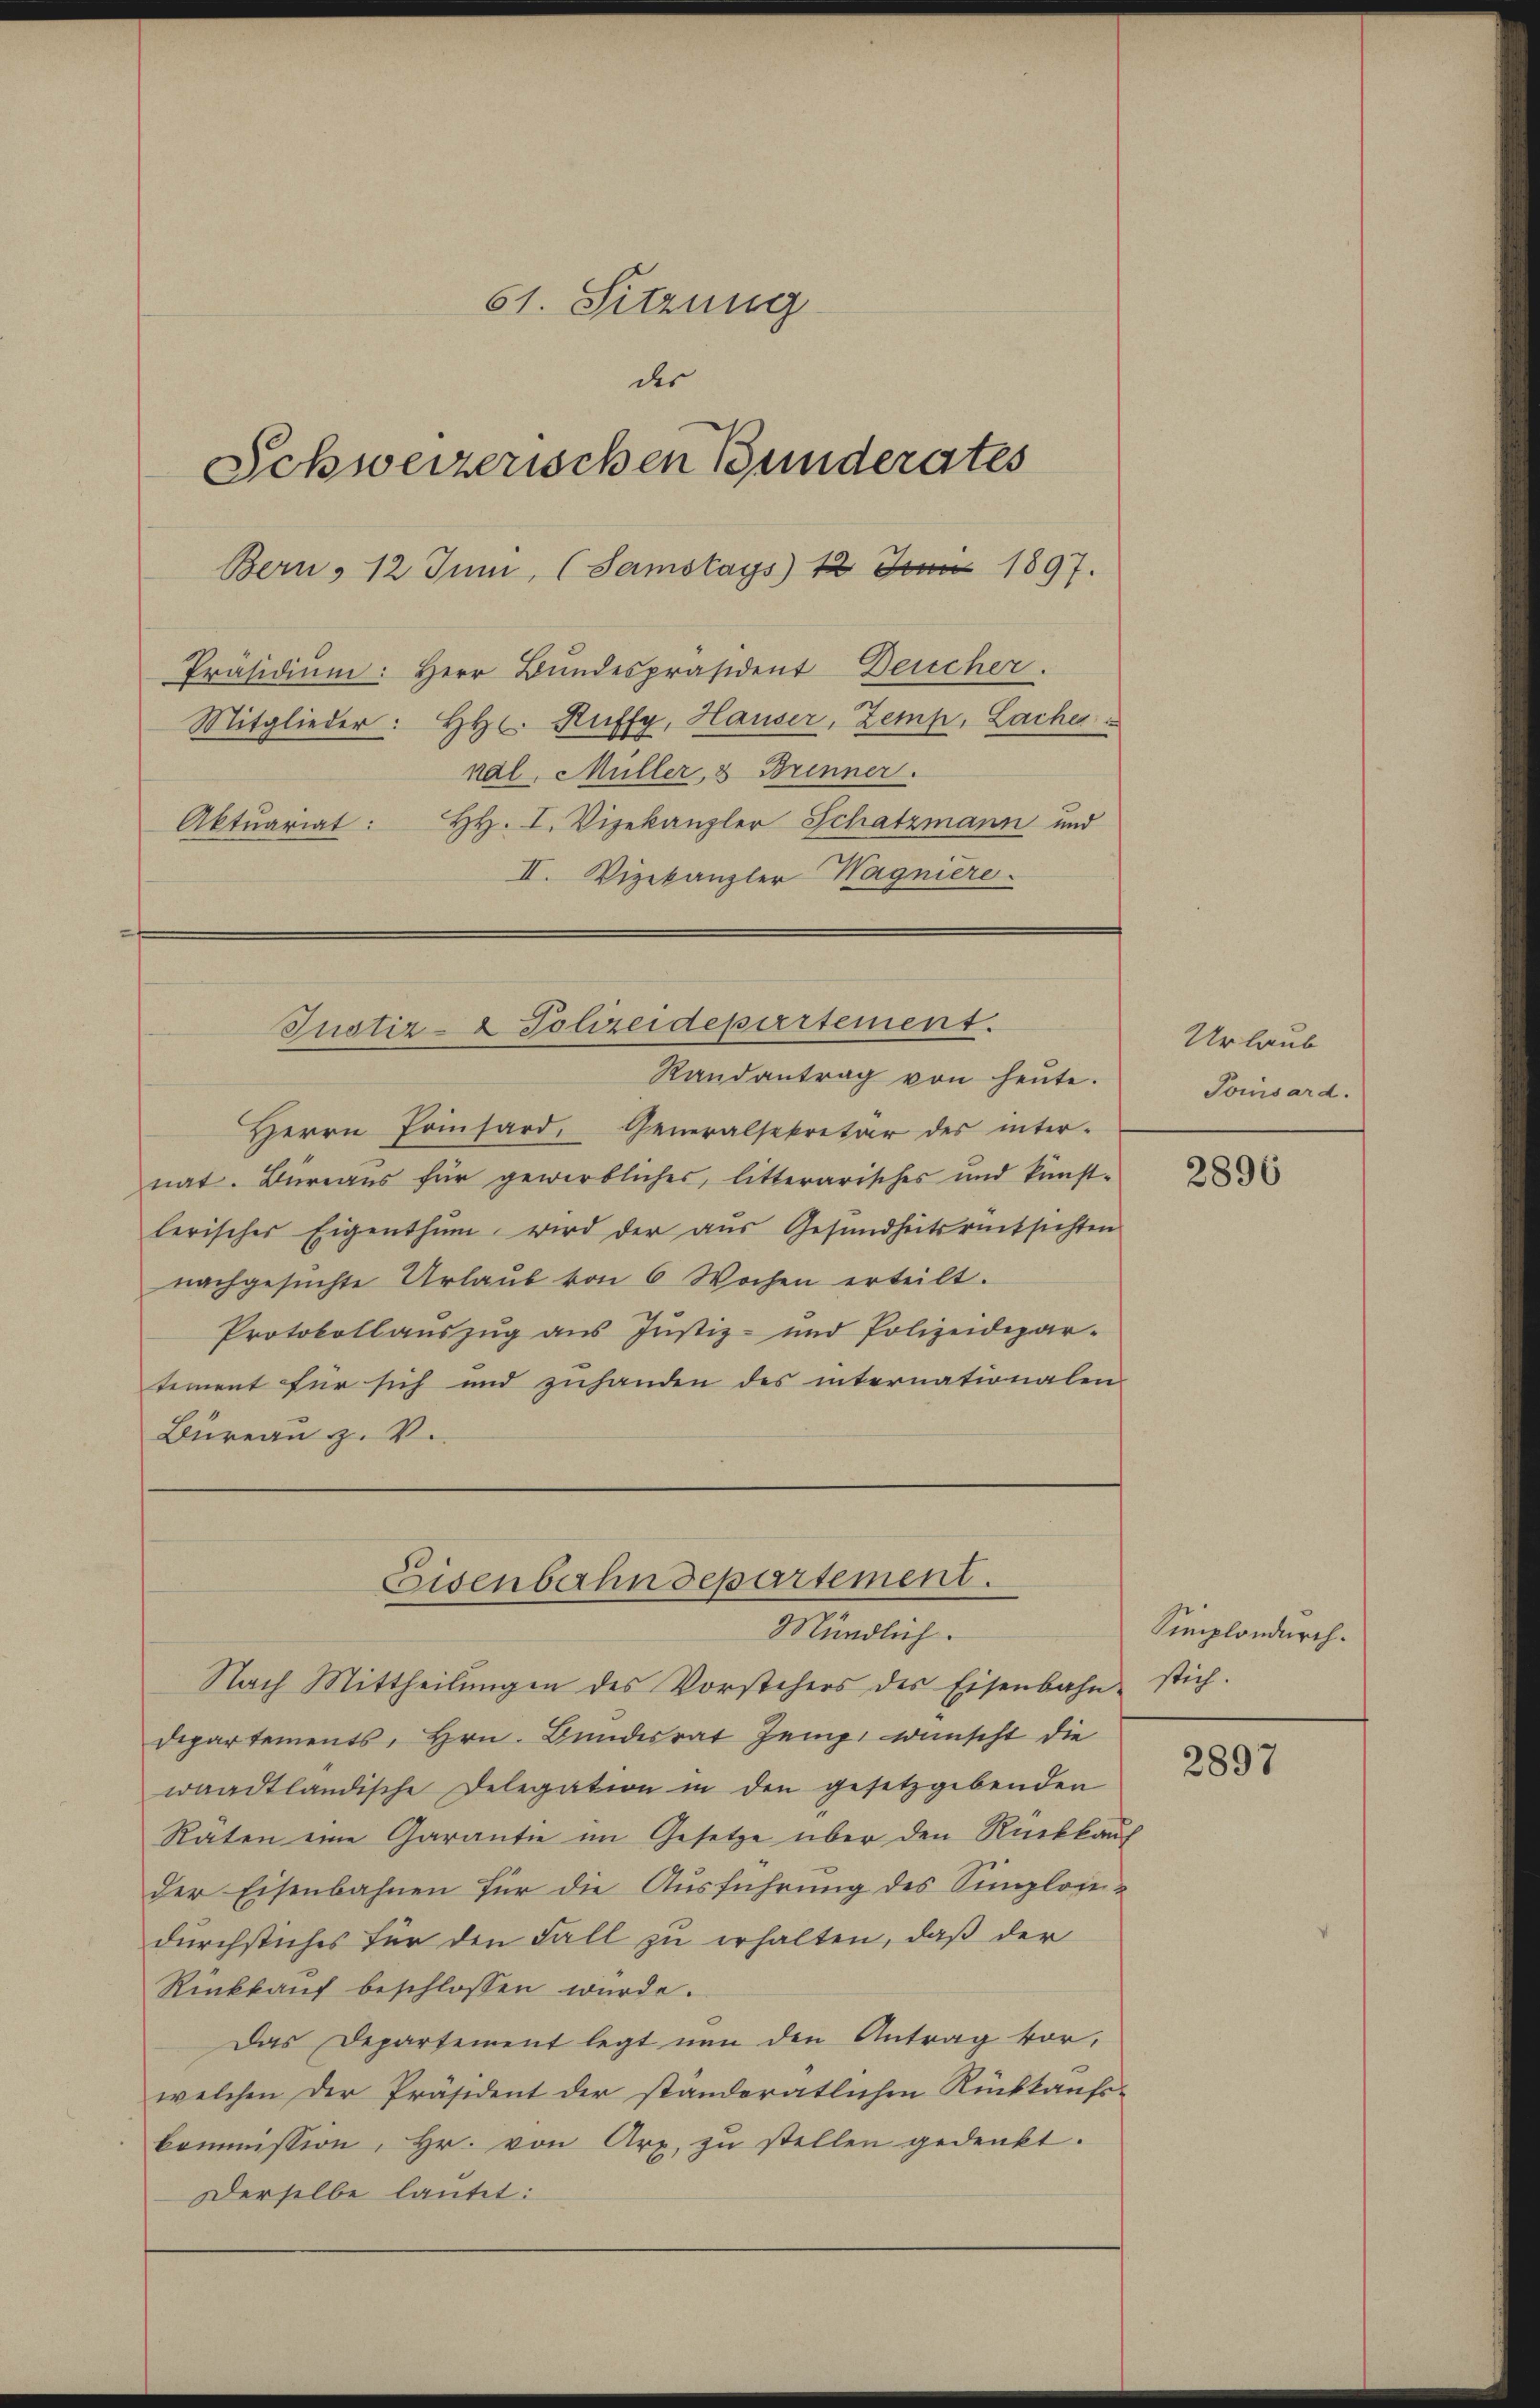
61. Sitzung
des
Schweizerischen Bunderates
Bern, 12 Juni, (Samstags 12 Juni 1897.
Präsidiŭm: Herr Bŭndespräsident Deucher.
Mitglieder: HHs. Ruffy, Hauser, Zemp, Lacher

nal, Müller, 8 Brenner.
Aktuariat: H. I. Vizekanzler Schatzmann und
II. Vizekanzler Wagniere.

Justiz- & Polizeidepartement.
Randantrag von heute.

Herrn Erinhard. Generalsekretär des inter-
nat. Bureaus für gewirkliches, litterarisches und kunst-
lerischer Eigenthum wird der aus Gesundheitsrücksichten
nachgesuchte Urlaŭb von 6 Wochen erteilt.
Protokollauszug aus Justiz- und Polizeidepar-
tement für sich und zuhanden des internationalen
Büreau z. V.

Eisenbahndepartement.
Mündlich.

Nach Mittheilŭngen des Vorstehers des Eisenbahn stich.
Departements, Hrn. Bundesrat Zemp wünscht die
waadtländische Delegation in den gesetzgebenden
Raten eine Garantie im Gesetze über den Rückkauf
der Eisenbahnen für die Ausführung des Simploiedurchstiches für den Fall zu erhalten, daß der
Rückkauf beschlossen wurde.
Das Departement legt nun den Antrag vorwelchen der Präsident der ständeratlichen Rückkaufs-
kommission, Hr. von Arx, zu stellen gedenkt.
Derselbe lautet:

Urlaub
Toisard.

2890

Simplondurch.

2897